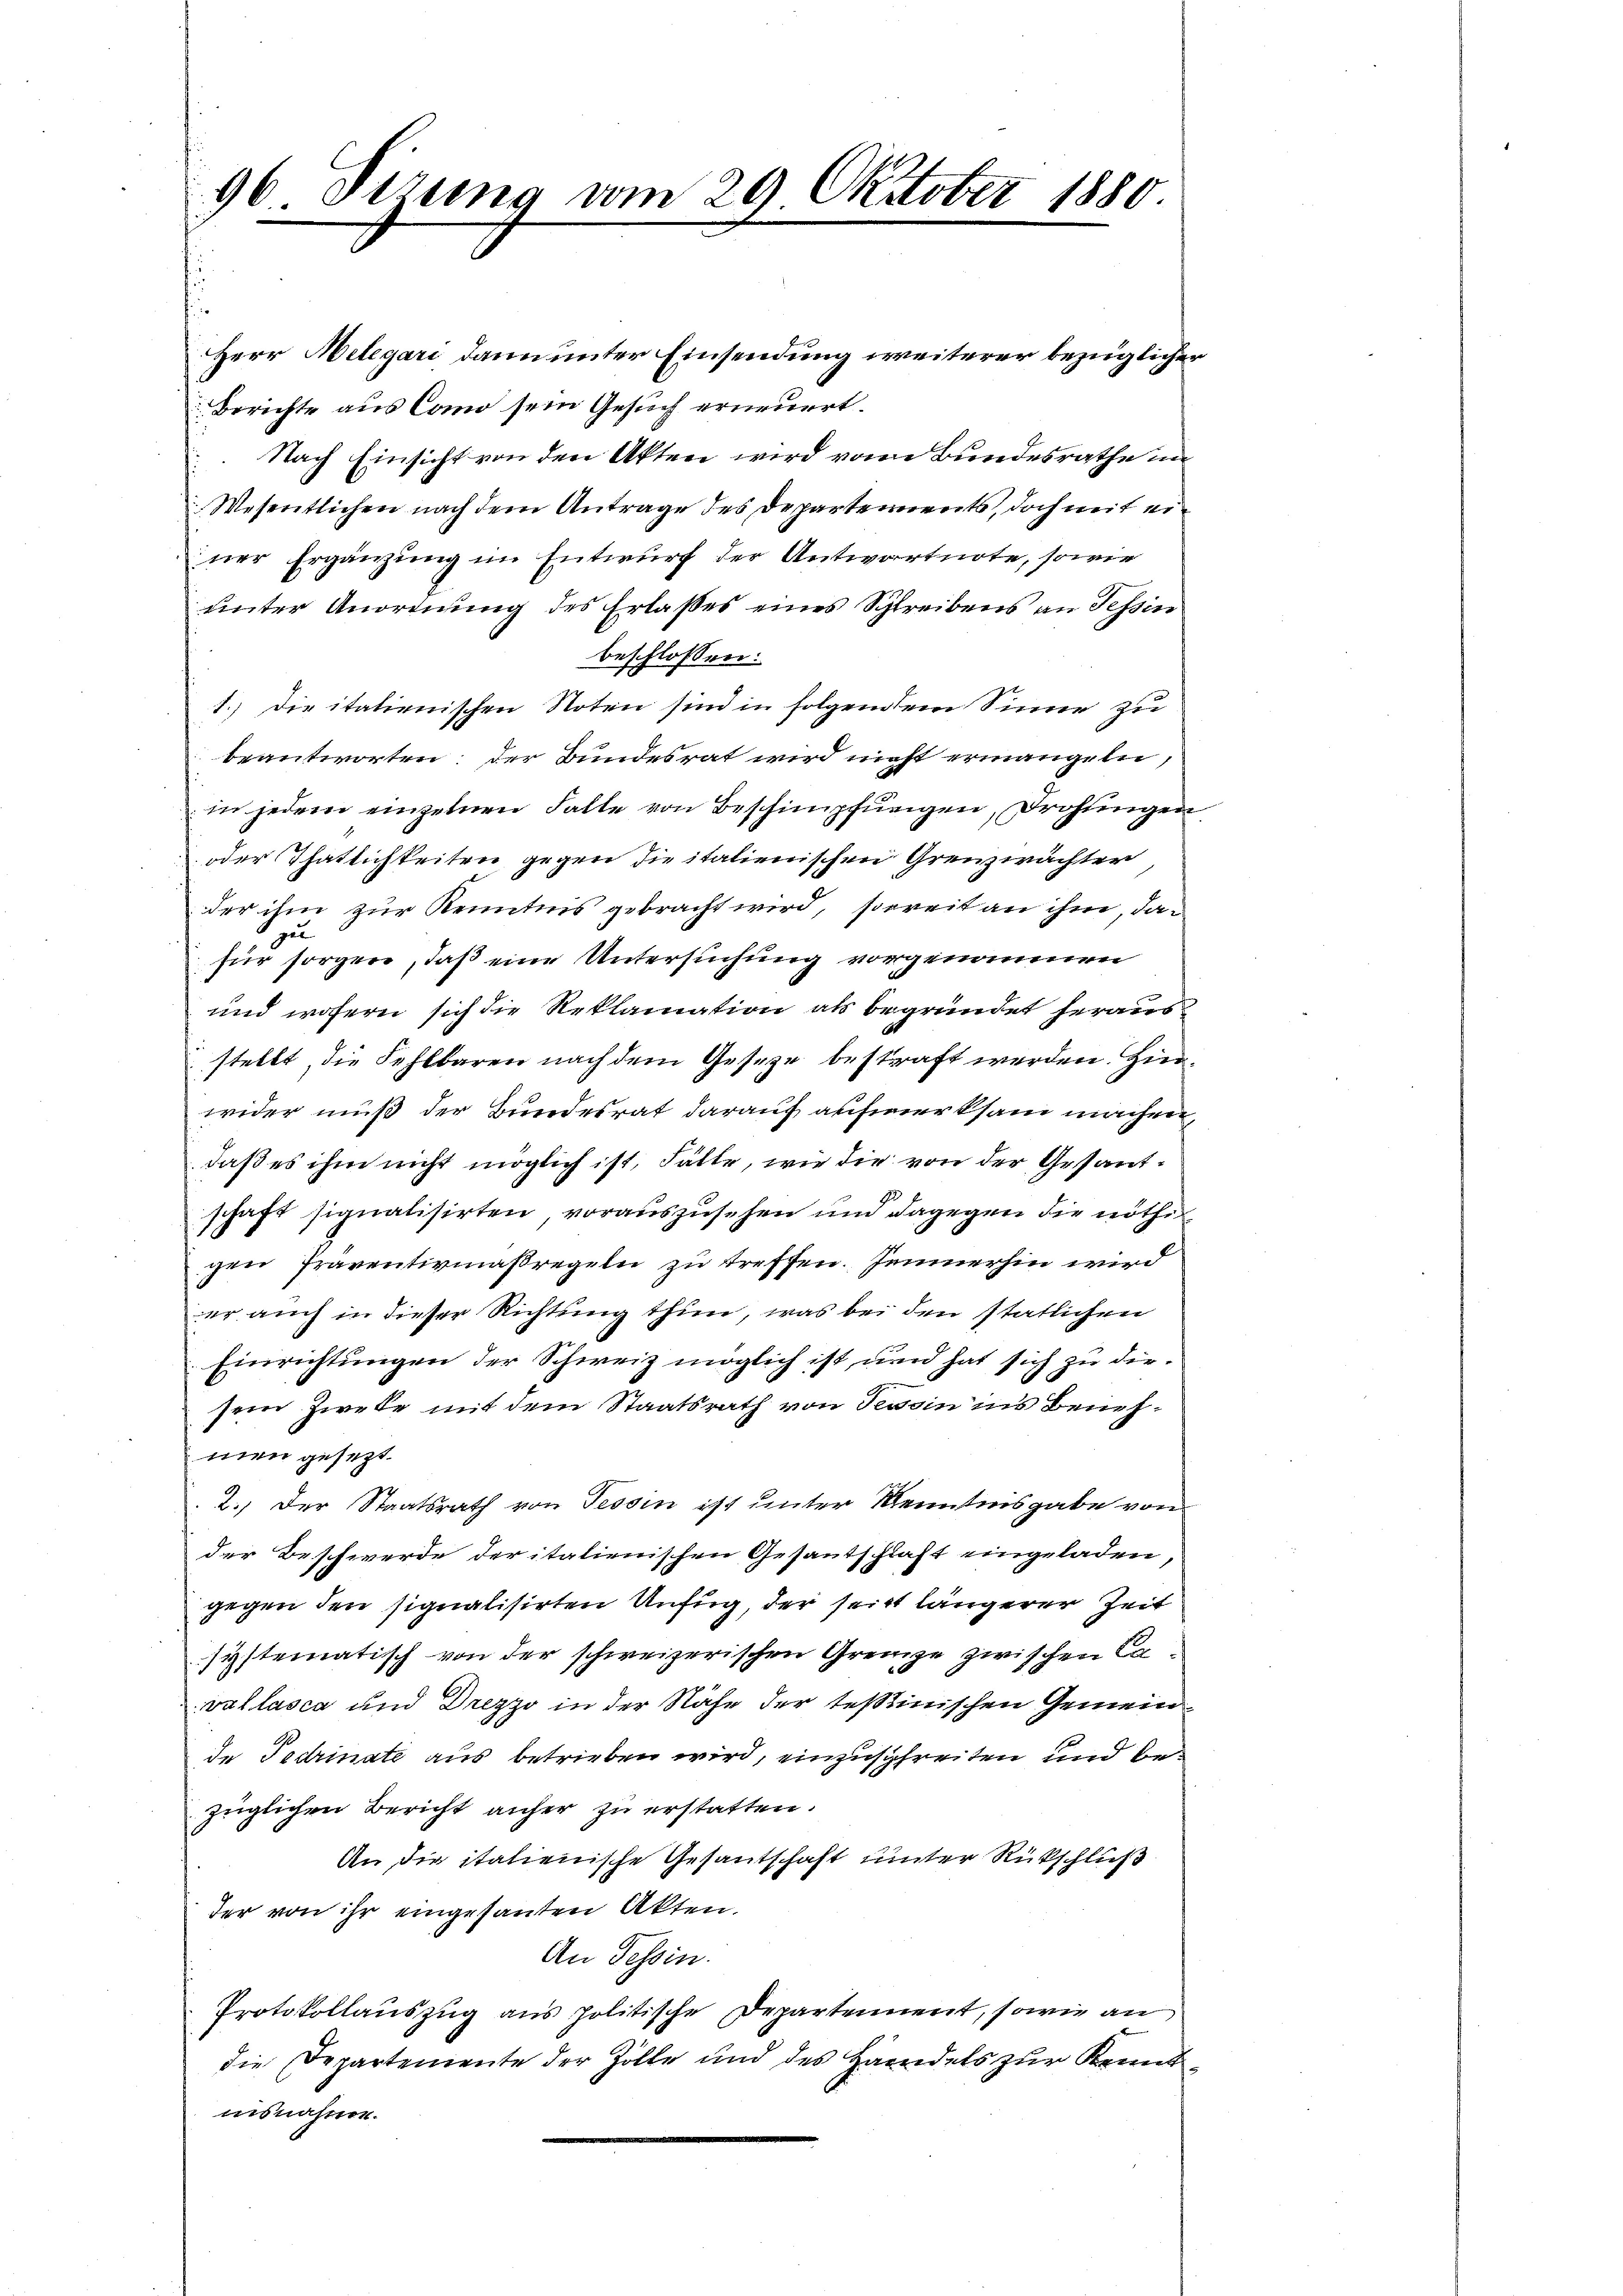
96 Sizung vom 29 Oktober 1880.

Herr Helegari dann unter Einsendung weiterer bezüglicher
Berichte aus Como sein Gesuch erneuert.
 Nach Einsicht von den Akten wird vom Bundesrathe im
Wesentlichen nach dem Antrage des Departements, doch mit erner Ergänzung im Entwurf der Antwortnote, sowie
unter Anordnung des Erlasses eines Schreibens an Tessin
beschlossen:
1.) Die italienischen Noten sind in folgendem Sinne zu
beantworten; der Bundesrat wird nicht ermangeln,
in jedem einzelnen Falle von Beschimpfungen, drohtingen
oder Thatlichkeiten gegen die italienischen Grenzwächter
der ihm zur Kenntnis gebracht wird, soweit an ihm, dage
für sorgen, daß eine Untersuchung vorgenommen
und wofern sich die Reklamation als begründet heraus
stellt, die Fehlbaren nach dem Geseze bestraft werden. Hinwider muß der Bundesrat darauf aufmerksam machen,
daß es ihm nicht möglich ist, Fälle, wie die von der Gesantschaft signalisirten, vorauszusehen und dagegen die nöthigen Praventivmaßregeln zu treffen. Jennerhin wird
er auch in dieser Richtung thun, was bei den stätlichen
Einrichtungen der Schweiz möglich ist, und hat sich zu diesein Zwecke mit dem Staatsrath von Tessin ins Benehmen gesezt.
2.) Der Staatsrath von Tessin ist unter Kenntnisgabe von
der Beschwerde der italienischen Gesantschaft eingeladen
gegen den signalisirten Unfug, der seit längerer Zeit
systematisch von der schweizerischen Grenze zwischen Cavallasca und Drezzo in der Nähe der testinischen Gemeinde Todrinate aus betrieben wird, einzuschreiten und bezüglichen Bericht anher zu erstatten.
An die italienische Gesantschaft unter Rückschluß
der von ihr eingesanten Akten.
An Tessin.
Protokollauszug aus politische Departement, sowie an
die Departemente der Zolle und des Handels zur Kenntisnahme.